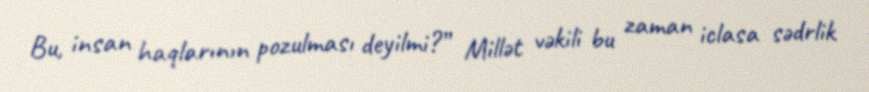
Bu, insan haqlarının pozulması deyilmi?” Millət vəkili bu zaman iclasa sədrlik